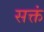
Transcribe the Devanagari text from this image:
सक्तं